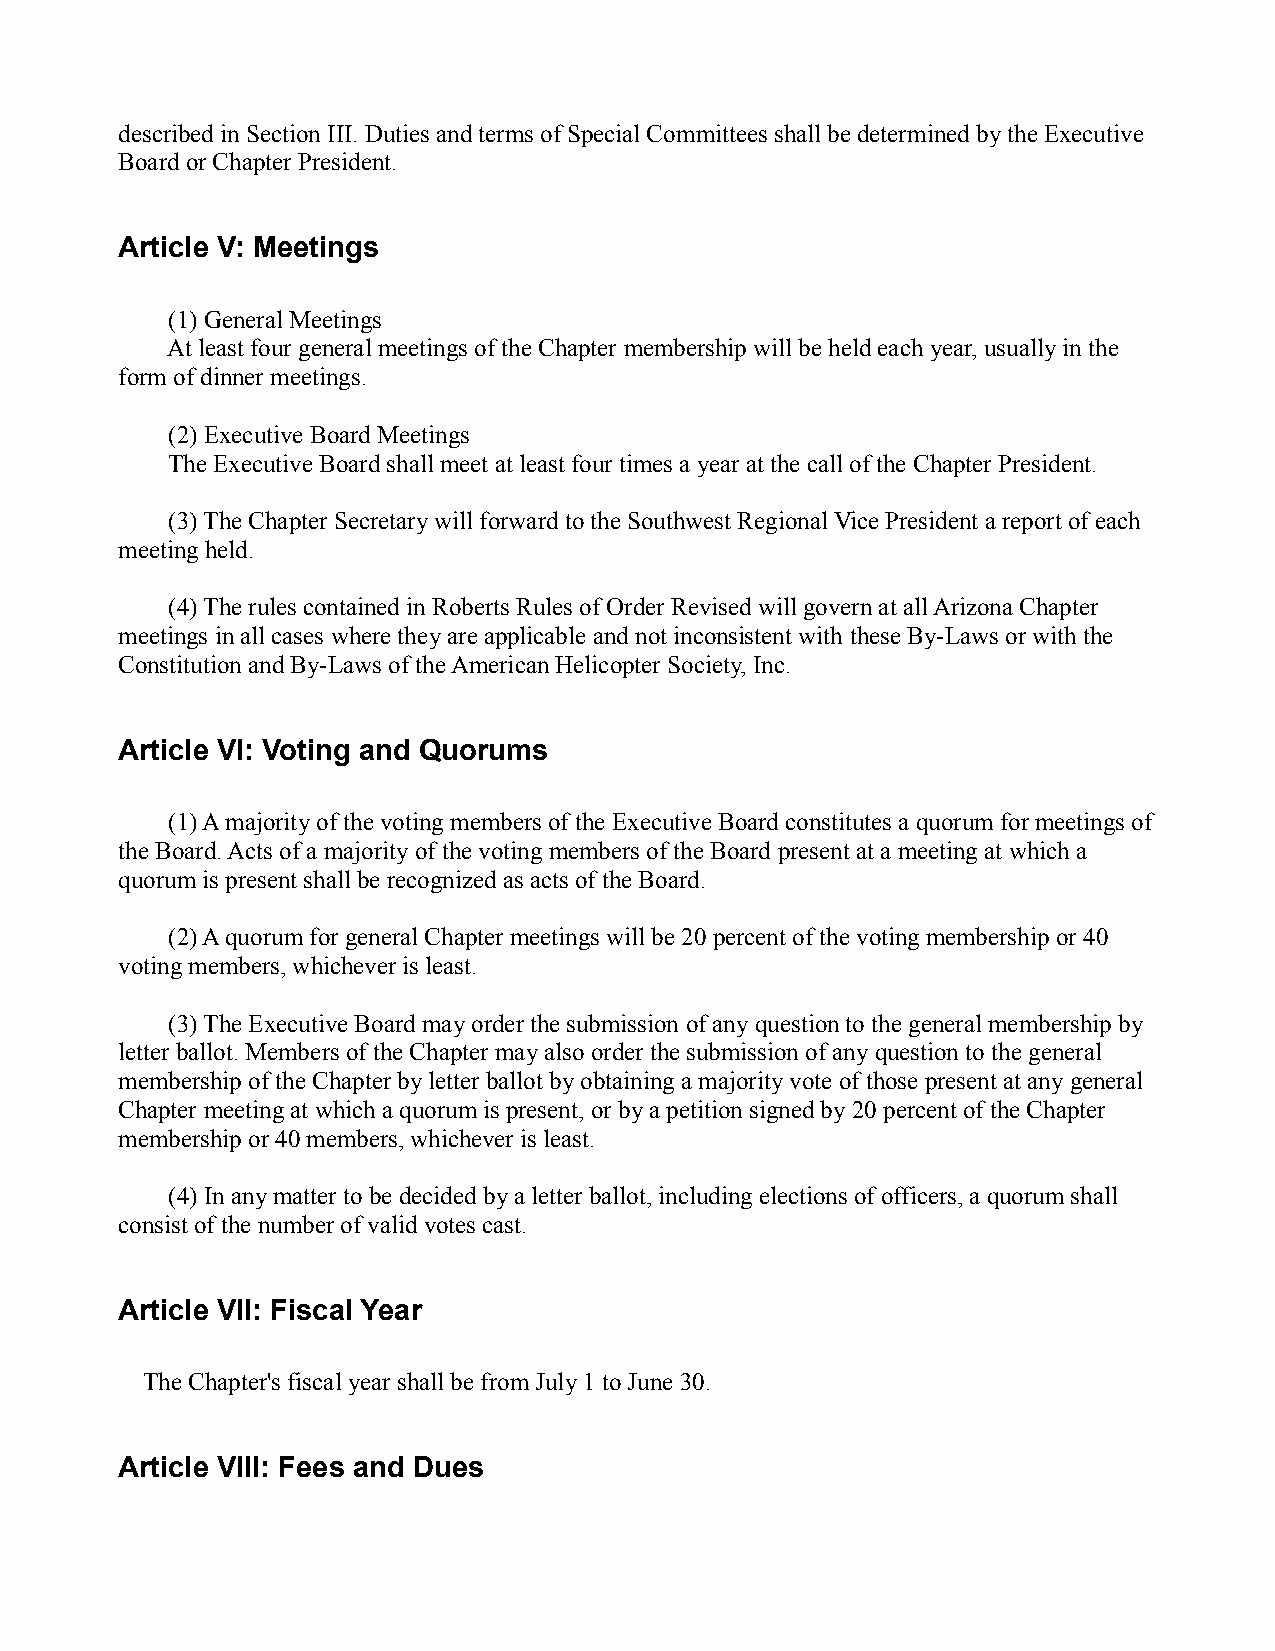
described in Section III. Duties and terms of Special Committees shall be determined by the Executive
 Board or Chapter President.
 Article V: Meetings
 (1) General Meetings
 At least four general meetings of the Chapter membership will be held each year, usually in the
 form of dinner meetings.
 (2) Executive Board Meetings
 The Executive Board shall meet at least four times a year at the call of the Chapter President.
 (3) The Chapter Secretary will forward to the Southwest Regional Vice President a report of each
 meeting held.
 (4) The rules contained in Roberts Rules of Order Revised will govern at all Arizona Chapter
 meetings in all cases where they are applicable and not inconsistent with these By-Laws or with the
 Constitution and By-Laws of the American Helicopter Society, Inc.
 Article VI: Voting and Quorums
 (1) A majority of the voting members of the Executive Board constitutes a quorum for meetings of
 the Board. Acts of a majority of the voting members of the Board present at a meeting at which a
 quorum is present shall be recognized as acts of the Board.
 (2) A quorum for general Chapter meetings will be 20 percent of the voting membership or 40
 voting members, whichever is least.
 (3) The Executive Board may order the submission of any question to the general membership by
 letter ballot. Members of the Chapter may also order the submission of any question to the general
 membership of the Chapter by letter ballot by obtaining a majority vote of those present at any general
 Chapter meeting at which a quorum is present, or by a petition signed by 20 percent of the Chapter
 membership or 40 members, whichever is least.
 (4) In any matter to be decided by a letter ballot, including elections of officers, a quorum shall
 consist of the number of valid votes cast.
 Article VII: Fiscal Year
 The Chapter's fiscal year shall be from July 1 to June 30.
 Article VIII: Fees and Dues